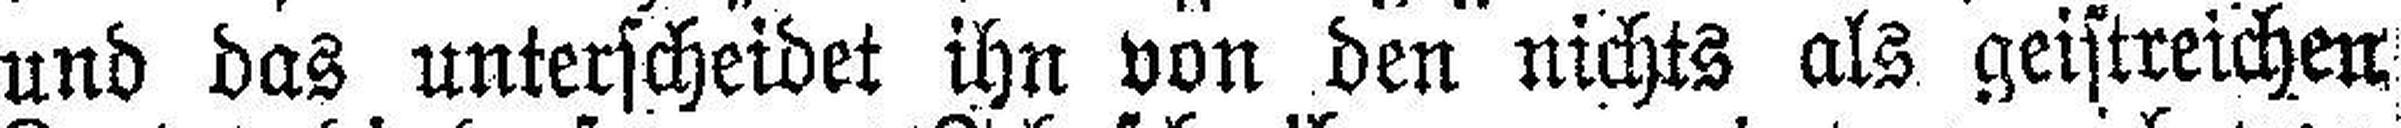
und das unterscheidet ihn von den nichts als geistreichen